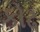
કોઢ